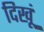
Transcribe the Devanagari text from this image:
दिखूं